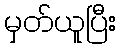
မှတ်ယူပြီး